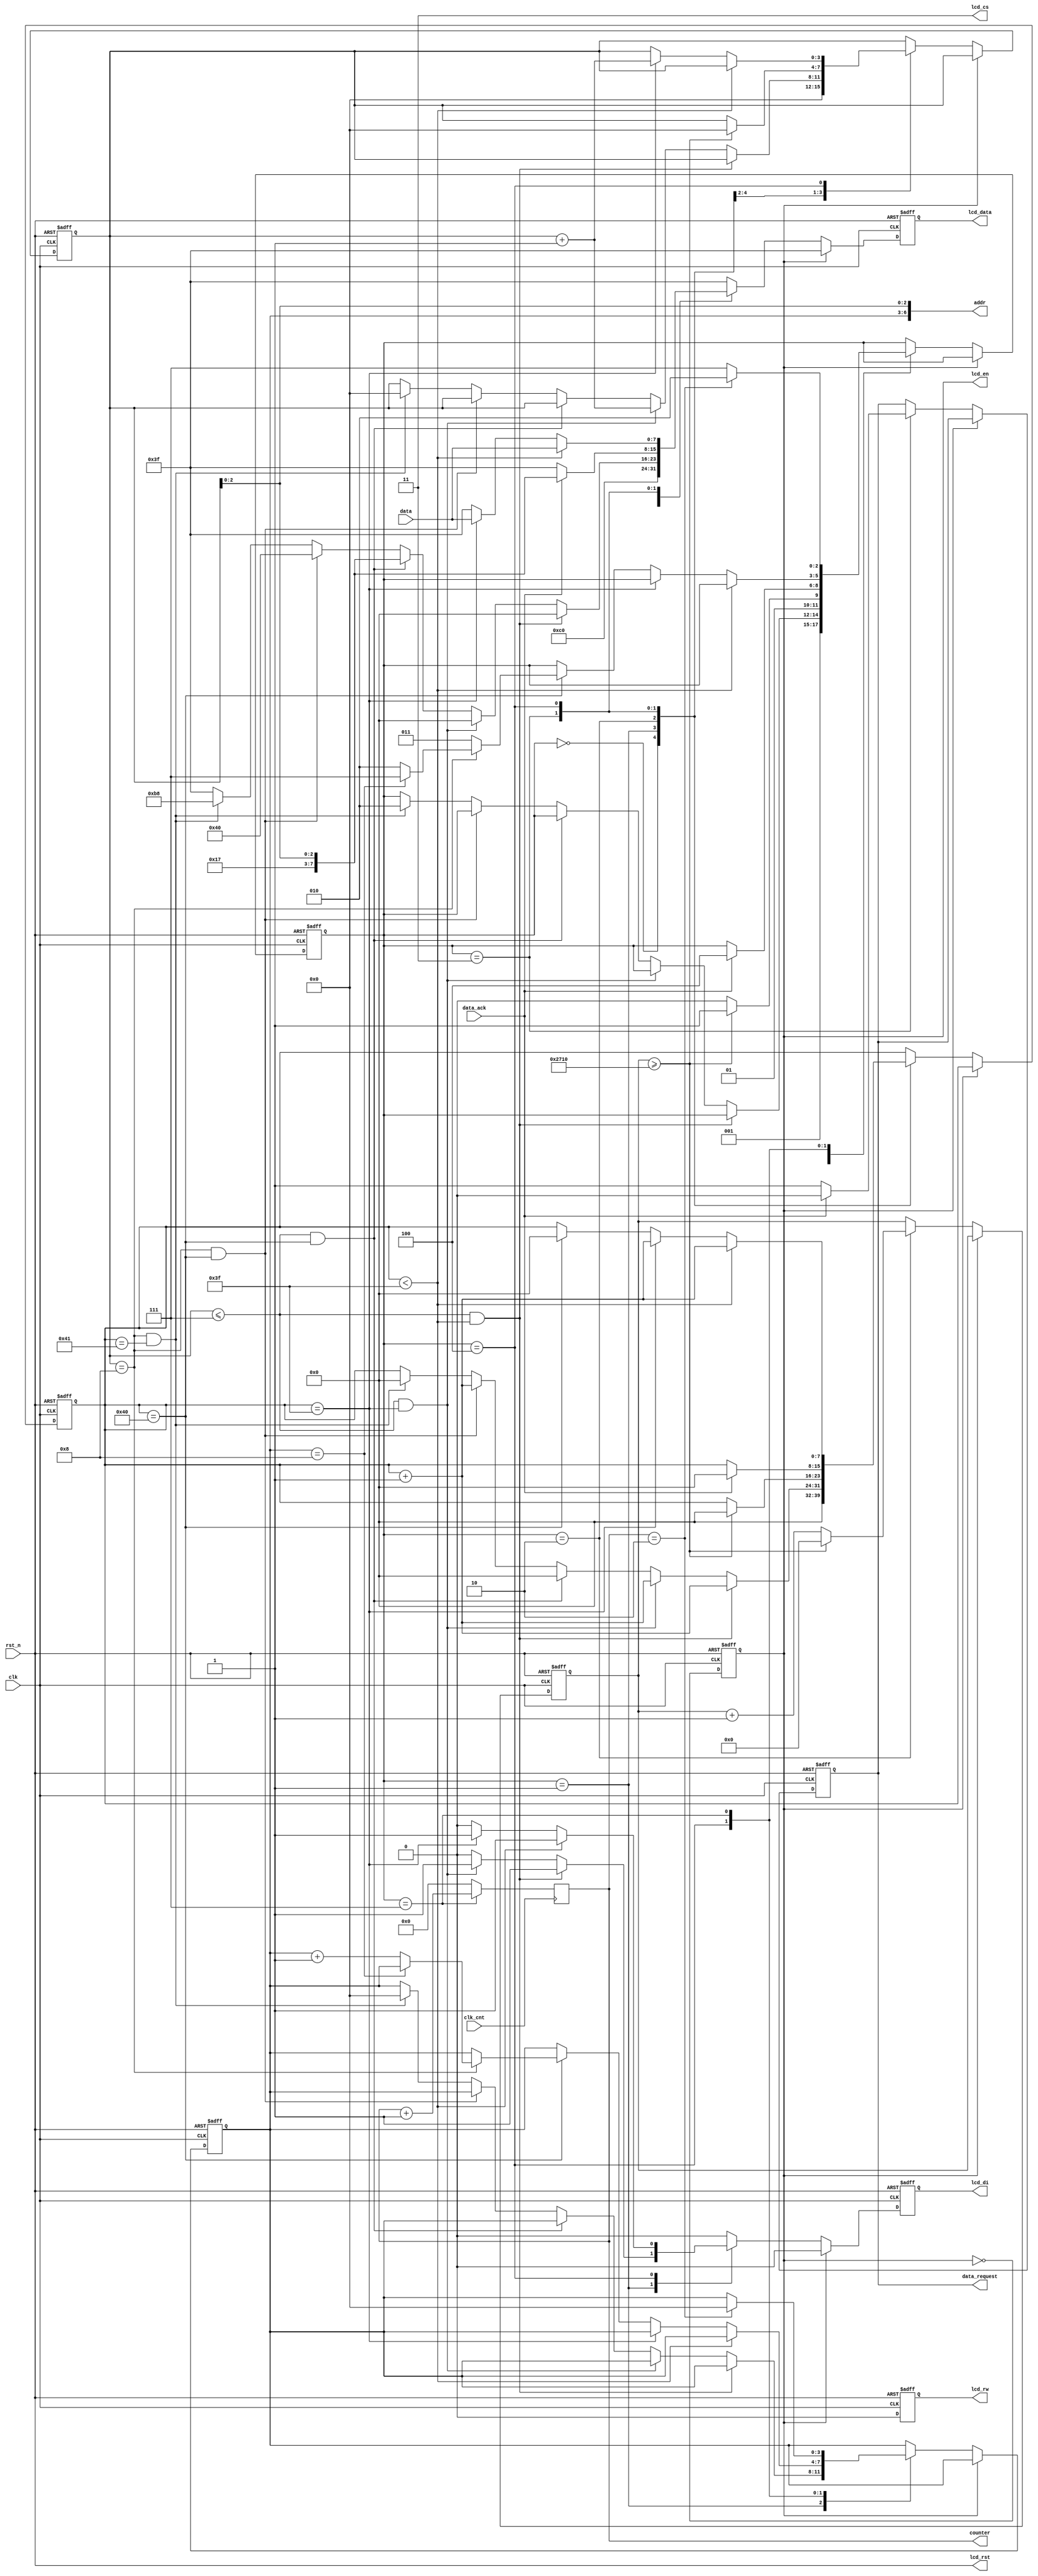
`define LCD_SET_DSL      10'b0_0_11000000
`define LCD_ERASE        10'b1_0_00000000
`define LCD_DISPLAY_IDLE 10'b0_0_00111111
`define INIT_LCD     3'b000
`define ERASE_LCD    3'b001
`define LCD_IDLE         3'b010
`define REQUEST_DATA 3'b011
`define READ_DATA    3'b100
`define PAUSE 3'b111
`define ENABLED  1'b1
`define DISABLED 1'b0

module lcd_ctrl(
    clk_cnt,
  clk, // LCD controller clock
  rst_n, // active low reset
  data_ack, // data re-arrangement buffer ready indicator
  data, // byte data transfer from buffer
  lcd_di, // LCD data/instruction 
  lcd_rw, // LCD Read/Write
  lcd_en, // LCD enable
  lcd_rst, // LCD reset
  lcd_cs, // LCD frame select
  lcd_data, // LCD data
  addr, // Address for each picture
  data_request, // request for the memory data
  counter
);
input clk_cnt;
input clk; // LCD controller clock
input rst_n; // active low reset
input data_ack; // data re-arrangement buffer ready indicator
input [7:0] data; // byte data transfer from buffer
output lcd_di; // LCD data/instruction 
output lcd_rw; // LCD Read/Write
output lcd_en; // LCD enable
output lcd_rst; // LCD reset
output [1:0] lcd_cs; // LCD frame select
output [7:0] lcd_data; // LCD data
output [6:0] addr; // Address for each picture
output data_request; // request for the memory data

reg lcd_di; // LCD data/instruction 
reg lcd_rw; // LCD Read/Write
reg [7:0] lcd_data; // LCD data
reg lcd_di_next; // LCD data/instruction 
reg lcd_rw_next; // LCD Read/Write
reg [7:0] lcd_data_next; // LCD data
reg data_request; // request for the memory data
reg data_request_next; // request for the memory data
reg lcd_en; // LCD enable
wire lcd_en_next; // LCD enable

reg [2:0] state; // FSM state definition
reg [2:0] state_next; // FSM state definition

reg [7:0] counter_y; // y counter
reg [7:0] counter_y_next; // y counter
reg [3:0] counter_page; // page counter
reg [3:0] counter_page_next; // page counter

reg [3:0] image; // image counter
reg [3:0] image_next; // image counter

reg [13:0] idle_counter; // idle time counter
reg [13:0] idle_counter_next; // idle time counter

assign addr = {image, counter_page[2:0]};
assign lcd_rst = rst_n;
assign lcd_cs = 2'b11;

// Counter for the LCD
// counter_y: counter for the y axis
// counter_page: counter for the pages


output reg [4:0] counter;
always @(posedge clk_cnt)
begin
if(state == `PAUSE)
	begin
	   counter <= counter + 5'd1;
	end
	else
	begin
	   counter <= 5'd0;
	end
end

// FSM for LCD
always @*
begin
//  set_lcd_value(`LCD_DISPLAY_IDLE,lcd_di_next,lcd_rw_next,lcd_data_next); 
  {lcd_di_next,lcd_rw_next,lcd_data_next} = `LCD_DISPLAY_IDLE;
  state_next = state;
  counter_page_next = counter_page;
  counter_y_next = counter_y;
  image_next = image;
  idle_counter_next = idle_counter;
  data_request_next = data_request;
  if (~lcd_en)
  begin
    case (state)
      `INIT_LCD:
      begin
        {lcd_di_next,lcd_rw_next,lcd_data_next} = `LCD_SET_DSL;
        state_next = `ERASE_LCD;
        counter_y_next = 7'd0;
        counter_page_next = 4'd0;
      end
      `ERASE_LCD:
      begin
        if (counter_page<=4'd7 && counter_y<7'd63)
        begin
          {lcd_di_next,lcd_rw_next,lcd_data_next} = `LCD_ERASE;			 
          counter_y_next = counter_y + 1'b1;
        end // Erase first 63 bytes in same page
        else if (counter_page<=4'd7 && counter_y == 7'd63)
        begin
          {lcd_di_next,lcd_rw_next,lcd_data_next} = `LCD_ERASE;
          counter_y_next = counter_y + 1'b1;
          counter_page_next = counter_page + 1'b1;
        end // Erase last byte in page and prepare change to next page
        else if (counter_page<=4'd7 && counter_y == 7'd64)
        begin
          {lcd_di_next,lcd_rw_next,lcd_data_next} = {7'b0_0_10111, counter_page[2:0]};
          counter_y_next = 7'b0;
        end // change to next page for erasing
        else if (counter_page==4'd8 && counter_y==7'd64)
        begin
          {lcd_di_next,lcd_rw_next,lcd_data_next} = {4'b0_0_01, 6'b0};
          counter_y_next = counter_y + 1'b1;
        end // Set Y
        else if (counter_page==4'd8 && counter_y==7'd65)
        begin
          {lcd_di_next,lcd_rw_next,lcd_data_next} = {7'b0_0_10111, 3'd0};
          counter_y_next = 7'd0;
          counter_page_next = 4'b0;
          state_next = `LCD_IDLE;
          image_next = 4'd0;
        end // Set X
      end
      `LCD_IDLE:
      begin
        {lcd_di_next,lcd_rw_next,lcd_data_next} = `LCD_DISPLAY_IDLE;
        if (idle_counter >= 14'd10000)
        begin
          state_next = `REQUEST_DATA;
          idle_counter_next = 14'd0;
          counter_y_next = 7'd0;
          counter_page_next = 4'd0;
        end
        else
        begin
          state_next = `LCD_IDLE;
          idle_counter_next = idle_counter + 1'b1;
        end
      end
      `REQUEST_DATA:
      begin
        data_request_next = `ENABLED;
        if (data_ack == `ENABLED)
        begin
          state_next = `READ_DATA;
          data_request_next = `DISABLED;
          counter_y_next = 7'd0;
          {lcd_di_next,lcd_rw_next,lcd_data_next} = {7'b0_0_10111, counter_page[2:0]};
        end
      end
    `READ_DATA:
    begin
        if (counter_y<7'd63)
        begin
          {lcd_di_next,lcd_rw_next,lcd_data_next} = {2'b1_0,data};
          counter_y_next = counter_y + 1'b1;
        end
        else if (counter_y==7'd63)
        begin
          {lcd_di_next,lcd_rw_next,lcd_data_next} = {2'b1_0,data};
          counter_y_next = counter_y + 1'b1;
          counter_page_next = counter_page + 1'b1;
        end
        else if (counter_y==7'd64)
        begin
            counter_y_next = 7'd0;
            if (counter_page==4'd8)
            begin
				if(image == 4'd8)
				begin
                  image_next = image;
                  state_next = `PAUSE;
				end
				else
				begin
                    image_next = image + 1'b1; // change to next image
                    state_next = `LCD_IDLE;
                end
            end
            else
                state_next = `REQUEST_DATA;
        end
    end
    `PAUSE:
    begin
        if (counter == 5'd2)
        begin
            image_next = 4'd0;
            state_next = `LCD_IDLE;
        end
        else
        begin
            image_next = image;
            state_next = `PAUSE;
        end
    end
    endcase
  end
end

always @(posedge clk or negedge rst_n)
  if (~rst_n)
  begin
    state <= 3'd0;
    counter_y <= 7'd0;
    counter_page <= 4'd0;
    image <= 4'd0;
    idle_counter <= 14'd0;
    data_request <= 1'b0;
    lcd_di <= 1'b0;
    lcd_rw <= 1'b0;
    lcd_data <= 8'd0;
    lcd_en <= 1'b0;
  end
  else
  begin
    state <= state_next;
    counter_y <= counter_y_next;
    counter_page <= counter_page_next;
    image <= image_next;
    idle_counter <= idle_counter_next;
    data_request <= data_request_next;
    lcd_di <= lcd_di_next;
    lcd_rw <= lcd_rw_next;
    lcd_data <= lcd_data_next;
    lcd_en <= lcd_en_next;
  end

assign lcd_en_next = ~lcd_en;

endmodule